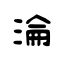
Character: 淪